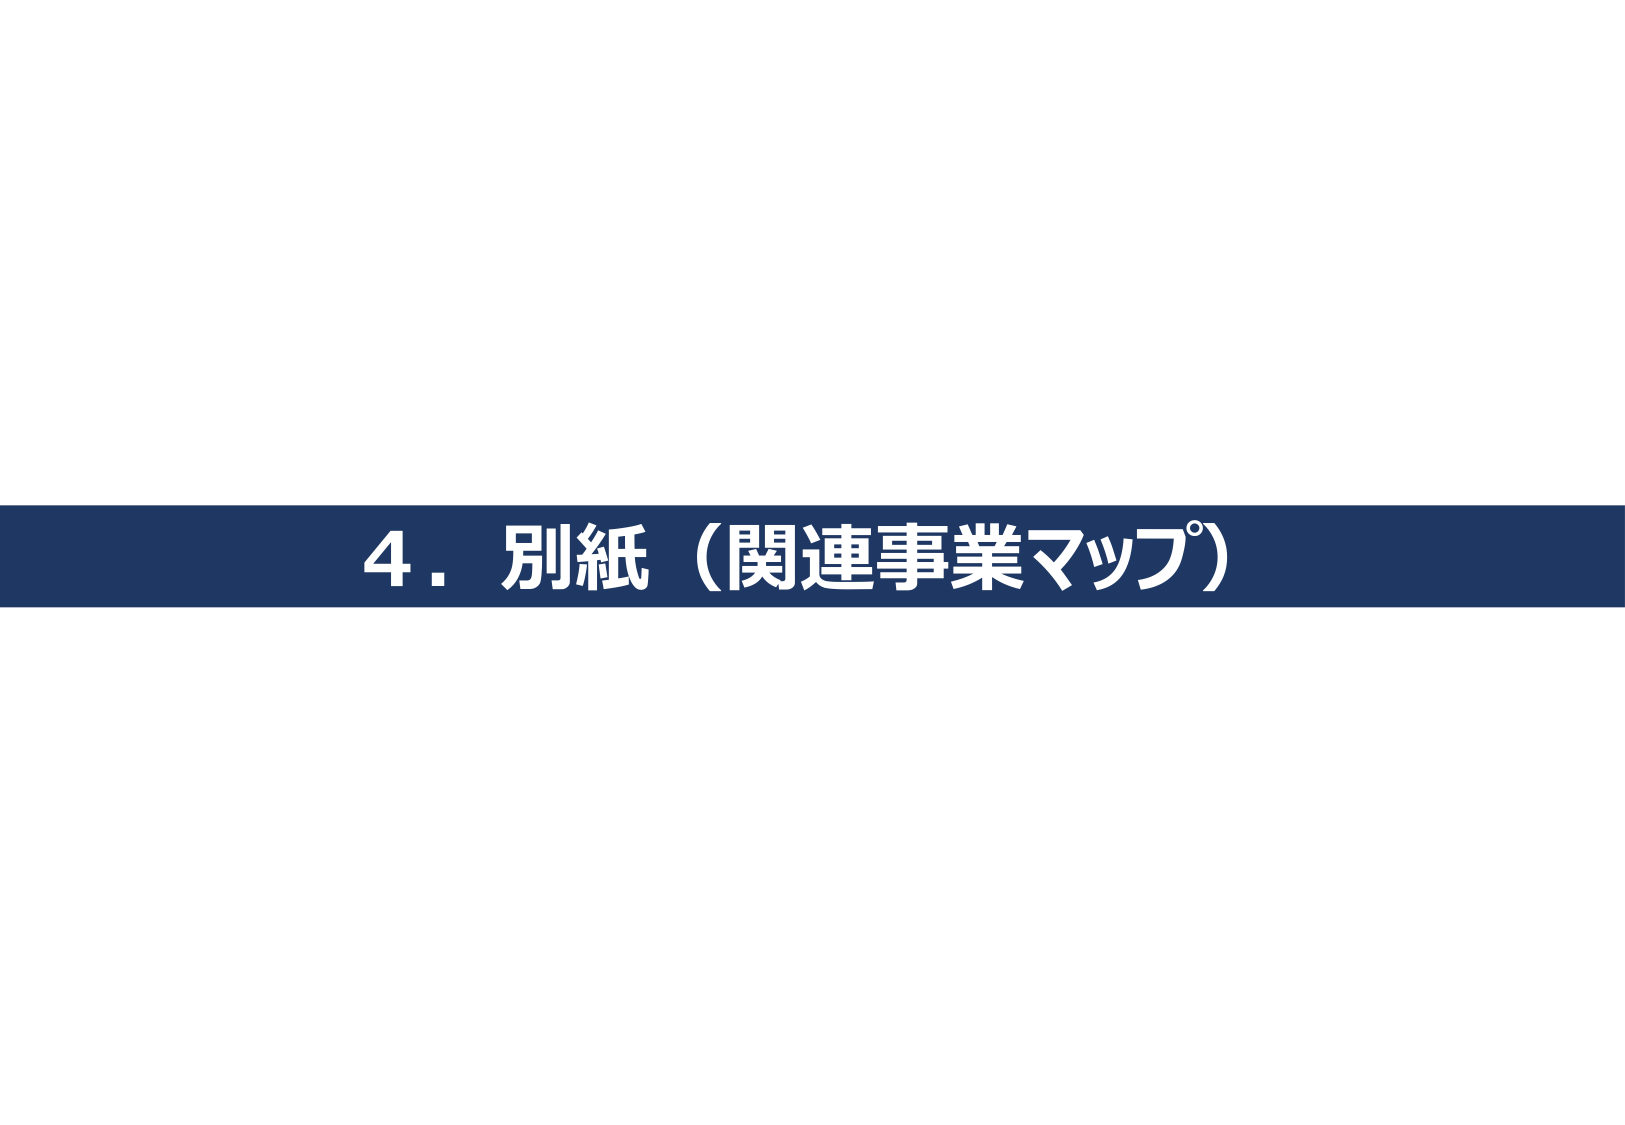
4．別紙（関連事業マップ）